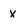
Character: x